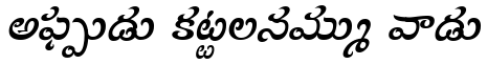
అప్పుడు కట్టలనమ్ము వాడు